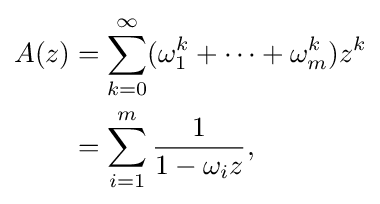
{\begin{aligned}A(z)&=\sum _{k=0}^{\infty }(\omega _{1}^{k}+\cdots +\omega _{m}^{k})z^{k}\\&=\sum _{i=1}^{m}{\frac {1}{1-\omega _{i}z}},\end{aligned}}